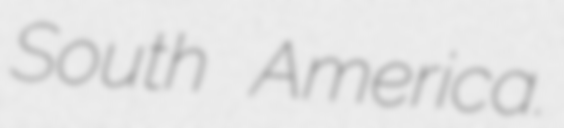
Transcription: South America.